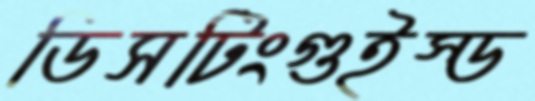
ডিসটিংগুইস্ড